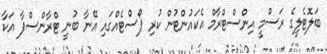
ބަލޮޓެލީގެ ރަސްމީ އިންސްޓްރާމް އެކައުންޓުން ކުރި ޕޯސްޓެއްގައި އޭނާ ބުނީ ޓްރާންސްފާ އަކާ